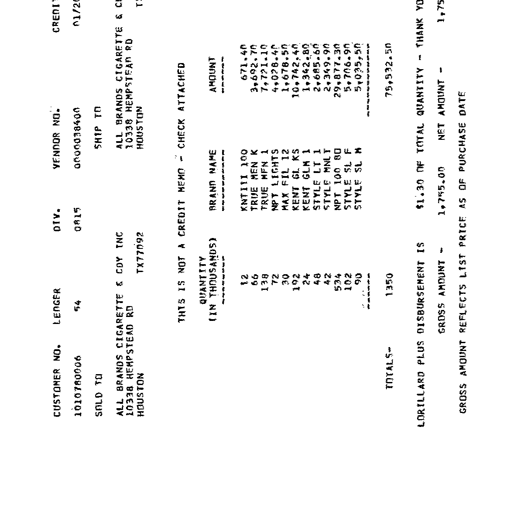
CUSTOMER NO. LEDGER DIV. VENDOR NO. CREDIT
1010780006 54 0815 0000038400 01/2
SOLD TO SHIP TO
ALL BRANDS CIGARETTE & COY INC ALL BRANDS CIGARETTE & C
10338 HEMPSTEAD RD 10338 HEMPSTEAD RD
HOUSTON TX77092 HOUSTON T
THIS IS NOT A CREDIT MEMO - CHECK ATTACHED
QUANTITY
(IN THOUSANDS) BRAND NAME AMOUNT
---------- ---------- ------
12 KNTIII 100 671.40
66 TRUE MEN K 3,692.70
138 TRUE MFN 1 7,721.10
72 NPT LIGHTS 4,028.40
30 MAX FIL 12 1,678.50
192 KENT GL KS 10,742.40
24 KENT GLM 1 1,342.80
48 STYLE LT 1 2,685.60
42 STYLE MNLT 2,349.90
534 NPT 100 80 29,877.30
102 STYLE SL F 5,706.90
90 STYLE SL M 5,035.50
------ ----------
TOTALS- 1350 75,532.50
LORILLARD PLUS DISBURSEMENT IS $1.30 OF TOTAL QUANTITY - THANK Y
GROSS AMOUNT - 1,755.00 NET AMOUNT - 1,75
GROSS AMOUNT REFLECTS LIST PRICE AS OF PURCHASE DATE